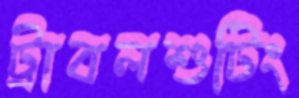
ট্রাবলশুটিং